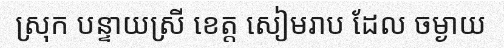
ស្រុក បន្ទាយស្រី ខេត្ត សៀមរាប ដែល ចម្ងាយ